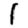
Digit: 1